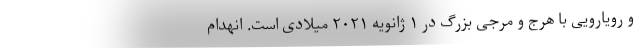
و رویارویی با هرج و مرجی بزرگ در ۱ ژانویه ۲۰۲۱ میلادی است. انهدام